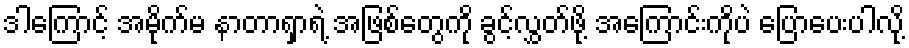
ဒါကြောင့် အမိုက်မ နာတာရှာရဲ့ အဖြစ်တွေကို ခွင့်လွှတ်ဖို့ အကြောင်းကိုပဲ ပြောပေးပါလို့